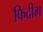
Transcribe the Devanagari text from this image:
फिदीम